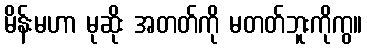
မိန်းမဟာ မုဆိုး အတတ်ကို မတတ်ဘူးကိုကွ။